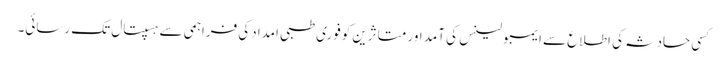
کسی حادثہ کی اطلاع سے ایمبولینس کی آمد اور متاثرین کوفوری طبی امدادکی فراہمی سے ہسپتال تک رسائی۔